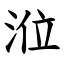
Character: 涖